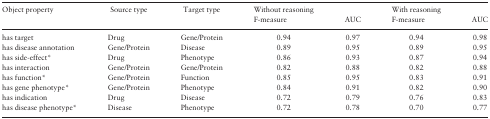
| Object property | Source type | Target type | Without reasoning |  | With reasoning |  |
 |  |  |  | F-measure | AUC | F-measure | AUC |
 | --- | --- | --- | --- | --- | --- | --- |
 | has target | Drug | Gene/Protein | 0.94 | 0.97 | 0.94 | 0.98 |
 | has disease annotation | Gene/Protein | Disease | 0.89 | 0.95 | 0.89 | 0.95 |
 | has side-effect* | Drug | Phenotype | 0.86 | 0.93 | 0.87 | 0.94 |
 | has interaction | Gene/Protein | Gene/Protein | 0.82 | 0.88 | 0.82 | 0.88 |
 | has function* | Gene/Protein | Function | 0.85 | 0.95 | 0.83 | 0.91 |
 | has gene phenotype* | Gene/Protein | Phenotype | 0.84 | 0.91 | 0.82 | 0.90 |
 | has indication | Drug | Disease | 0.72 | 0.79 | 0.76 | 0.83 |
 | has disease phenotype* | Disease | Phenotype | 0.72 | 0.78 | 0.70 | 0.77 |